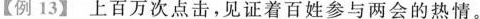
【例13】上百万次点击，见证着百姓参与两会的热情。